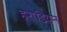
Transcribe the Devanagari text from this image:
हेरोडियन